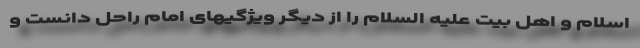
اسلام و اهل بیت علیه السلام را از دیگر ویژگیهای امام راحل دانست و